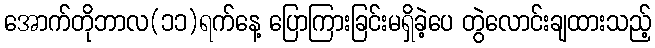
အောက်တိုဘာလ(၁၁)ရက်နေ့ ပြောကြားခြင်းမရှိခဲ့ပေ တွဲလောင်းချထားသည့်